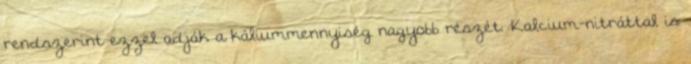
rendszerint ezzel adják a káliummennyiség nagyobb részét. Kalcium-nitráttal is